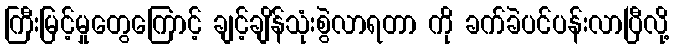
ကြီးမြင့်မှုတွေကြောင့် ချင့်ချိန်သုံးစွဲလာရတာ ကို ခက်ခဲပင်ပန်းလာပြီလို့